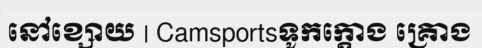
នៅខ្សោយ | Camsportsទូកក្តោង គ្រោង